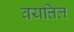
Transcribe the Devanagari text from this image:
वयत्तिल